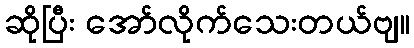
ဆိုပြီး အော်လိုက်သေးတယ်ဗျ။